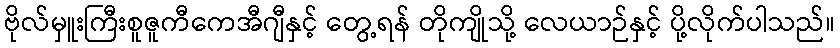
ဗိုလ်မှူးကြီးစူဇူကီကေအီဂျီနှင့် တွေ့ရန် တိုကျိုသို့ လေယာဉ်နှင့် ပို့လိုက်ပါသည်။